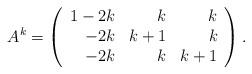
LaTeX: \begin{align*} A^k=\left(\begin{array}{rrr}1-2k & k & k \\-2k & k+1 & k \\-2k & k & k+1\end{array}\right). \end{align*}